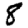
Digit: 8